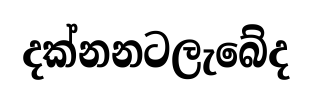
දක්නනටලැබේද